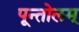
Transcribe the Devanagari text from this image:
पून्तोलम्